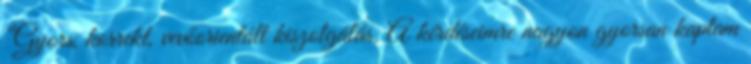
"Gyors, korrekt, vevőorientált kiszolgálás. A kérdéseimre nagyon gyorsan kaptam